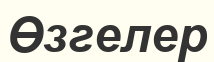
Өзгелер